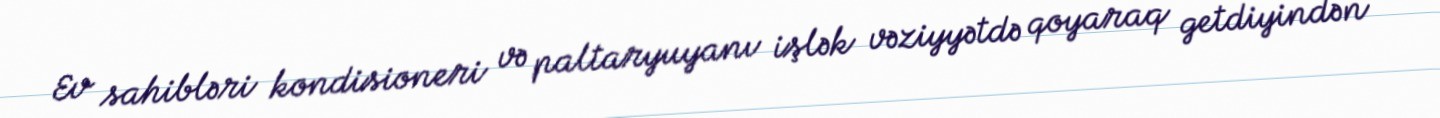
Ev sahibləri kondisioneri və paltaryuyanı işlək vəziyyətdə qoyaraq getdiyindən